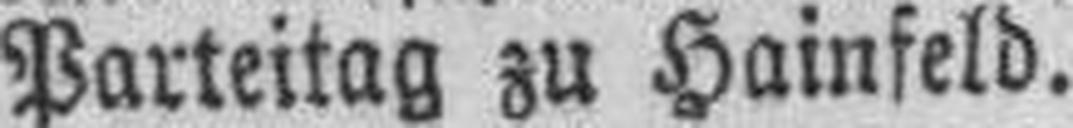
Parteitag zu Hainfeld.